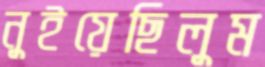
নুইয়েছিলুম